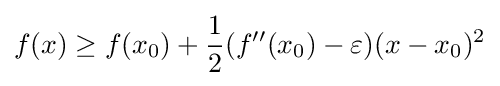
f(x)\geq f(x_{0})+{\frac {1}{2}}(f''(x_{0})-\varepsilon )(x-x_{0})^{2}